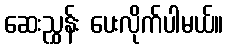
ဆေးညွှန်း ပေးလိုက်ပါမယ်။